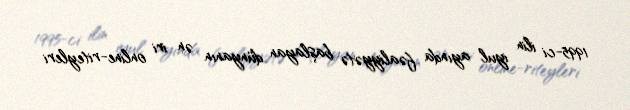
1995-ci ilin iyul ayında fəaliyyətə başlayan dünyanın ən iri online-riteyleri